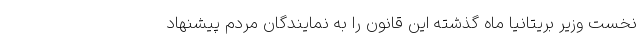
نخست وزیر بریتانیا ماه گذشته این قانون را به نمایندگان مردم پیشنهاد